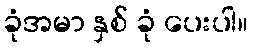
ခုံအမာ နှစ် ခုံ ပေးပါ။